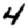
Digit: 4